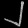
Digit: ၂